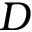
D